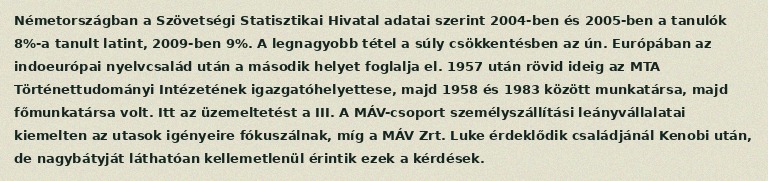
Németországban a Szövetségi Statisztikai Hivatal adatai szerint 2004-ben és 2005-ben a tanulók 8%-a tanult latint, 2009-ben 9%. A legnagyobb tétel a súly csökkentésben az ún. Európában az indoeurópai nyelvcsalád után a második helyet foglalja el. 1957 után rövid ideig az MTA Történettudományi Intézetének igazgatóhelyettese, majd 1958 és 1983 között munkatársa, majd főmunkatársa volt. Itt az üzemeltetést a III. A MÁV-csoport személyszállítási leányvállalatai kiemelten az utasok igényeire fókuszálnak, míg a MÁV Zrt. Luke érdeklődik családjánál Kenobi után, de nagybátyját láthatóan kellemetlenül érintik ezek a kérdések.